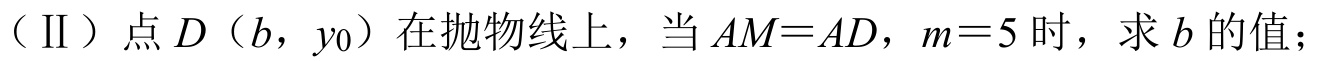
（Ⅱ）点\(D(b,y_0)\)在抛物线上，当\(AM = AD\)，\(m = 5\)时，求\(b\)的值；